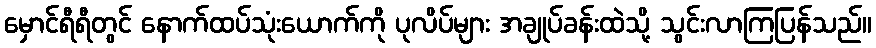
မှောင်ရီရီတွင် နောက်ထပ်သုံးယောက်ကို ပုလိပ်များ အချုပ်ခန်းထဲသို့ သွင်းလာကြပြန်သည်။